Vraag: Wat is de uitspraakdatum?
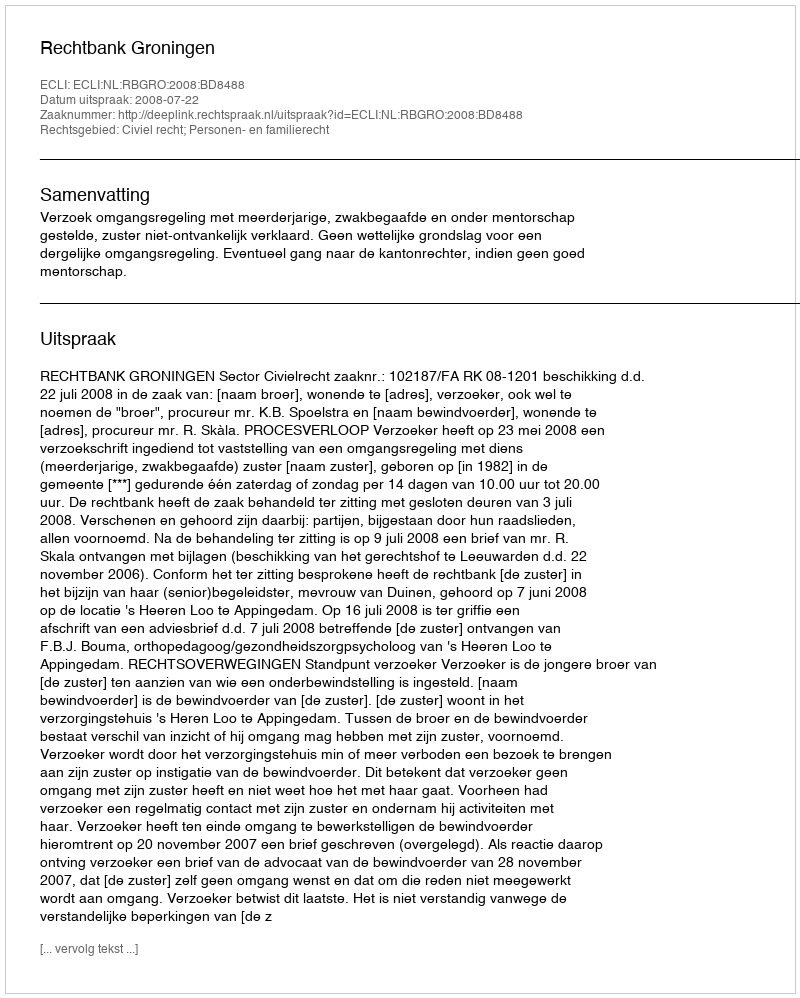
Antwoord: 2008-07-22